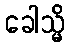
ခေါသ္မိ